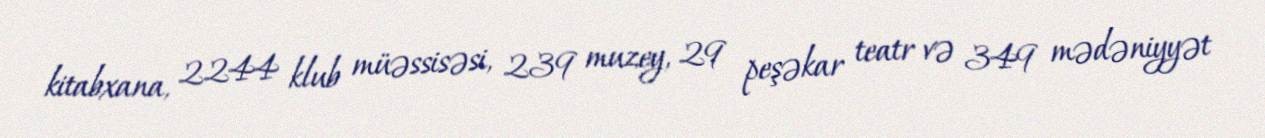
kitabxana, 2244 klub müəssisəsi, 239 muzey, 29 peşəkar teatr və 349 mədəniyyət